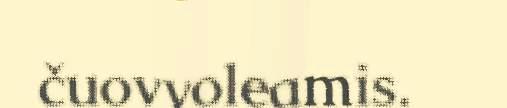
čuovvoleamis.